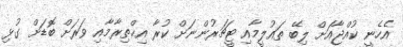
އެހެނީ ކުއްޖާއަށް ލިބޭ ތައުލީމާއި ޓީޗަރުންނަށް ކުރާ އިޙްތިރާމާއި ވަރަށް ބޮޑަށް ގުޅި